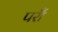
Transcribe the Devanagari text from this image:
परौं